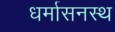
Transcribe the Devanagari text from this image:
धर्मासनस्थ